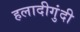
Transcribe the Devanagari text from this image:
हलादीगुंदी